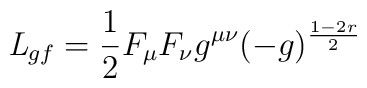
{\it L}_{gf} = \frac{1}{2} F_\mu F_\nu g^{\mu \nu }(-g)^{\frac{1-2r}{2}}